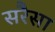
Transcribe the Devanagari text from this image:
सरैसा